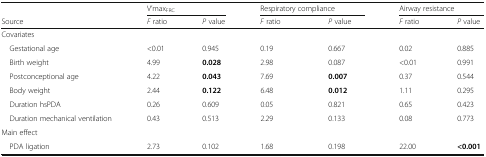
|  | <COLSPAN=2> V’maxFRC | <COLSPAN=2> Respiratory compliance | <COLSPAN=2> Airway resistance |
 | Source | F ratio | P value | F ratio | P value | F ratio | P value |
 | --- | --- | --- | --- | --- | --- | --- |
 | <COLSPAN=7> Covariates |
 | Gestational age | <0.01 | 0.945 | 0.19 | 0.667 | 0.02 | 0.885 |
 | Birth weight | 4.99 | 0.028 | 2.98 | 0.087 | <0.01 | 0.991 |
 | Postconceptional age | 4.22 | 0.043 | 7.69 | 0.007 | 0.37 | 0.544 |
 | Body weight | 2.44 | 0.122 | 6.48 | 0.012 | 1.11 | 0.295 |
 | Duration hsPDA | 0.26 | 0.609 | 0.05 | 0.821 | 0.65 | 0.423 |
 | Duration mechanical ventilation | 0.43 | 0.513 | 2.29 | 0.133 | 0.08 | 0.773 |
 | <COLSPAN=7> Main effect |
 | PDA ligation | 2.73 | 0.102 | 1.68 | 0.198 | 22.00 | <0.001 |